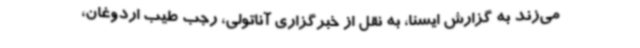
می‌زند به گزارش ایسنا، به نقل از خبرگزاری آناتولی، رجب طیب اردوغان،